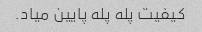
کیفیت پله پله پایین میاد.